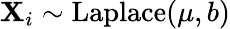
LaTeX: \mathbf{X}_{i}\sim{\textrm{{Laplace}}}(\mu,b)